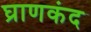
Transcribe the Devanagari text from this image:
घ्राणकंद